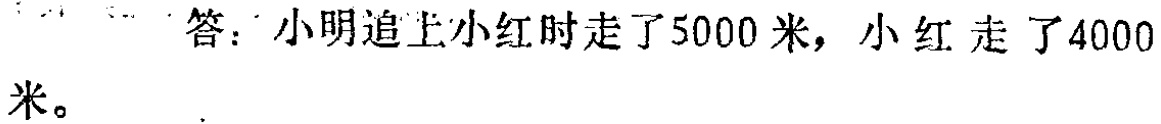
答：小明追上小红时走了5000米，小红走了4000米。